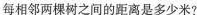
每相邻两棵树之间的距离是多少米?